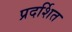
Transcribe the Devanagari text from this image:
प्रदर्शित